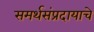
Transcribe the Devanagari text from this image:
समर्थसंप्रदायाचे